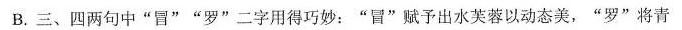
B. 三、四两句中”冒” ”罗”二字用得巧妙：”冒”赋予出水芙蓉以动态美，”罗”将青